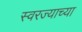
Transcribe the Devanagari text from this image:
स्वरज्याच्या